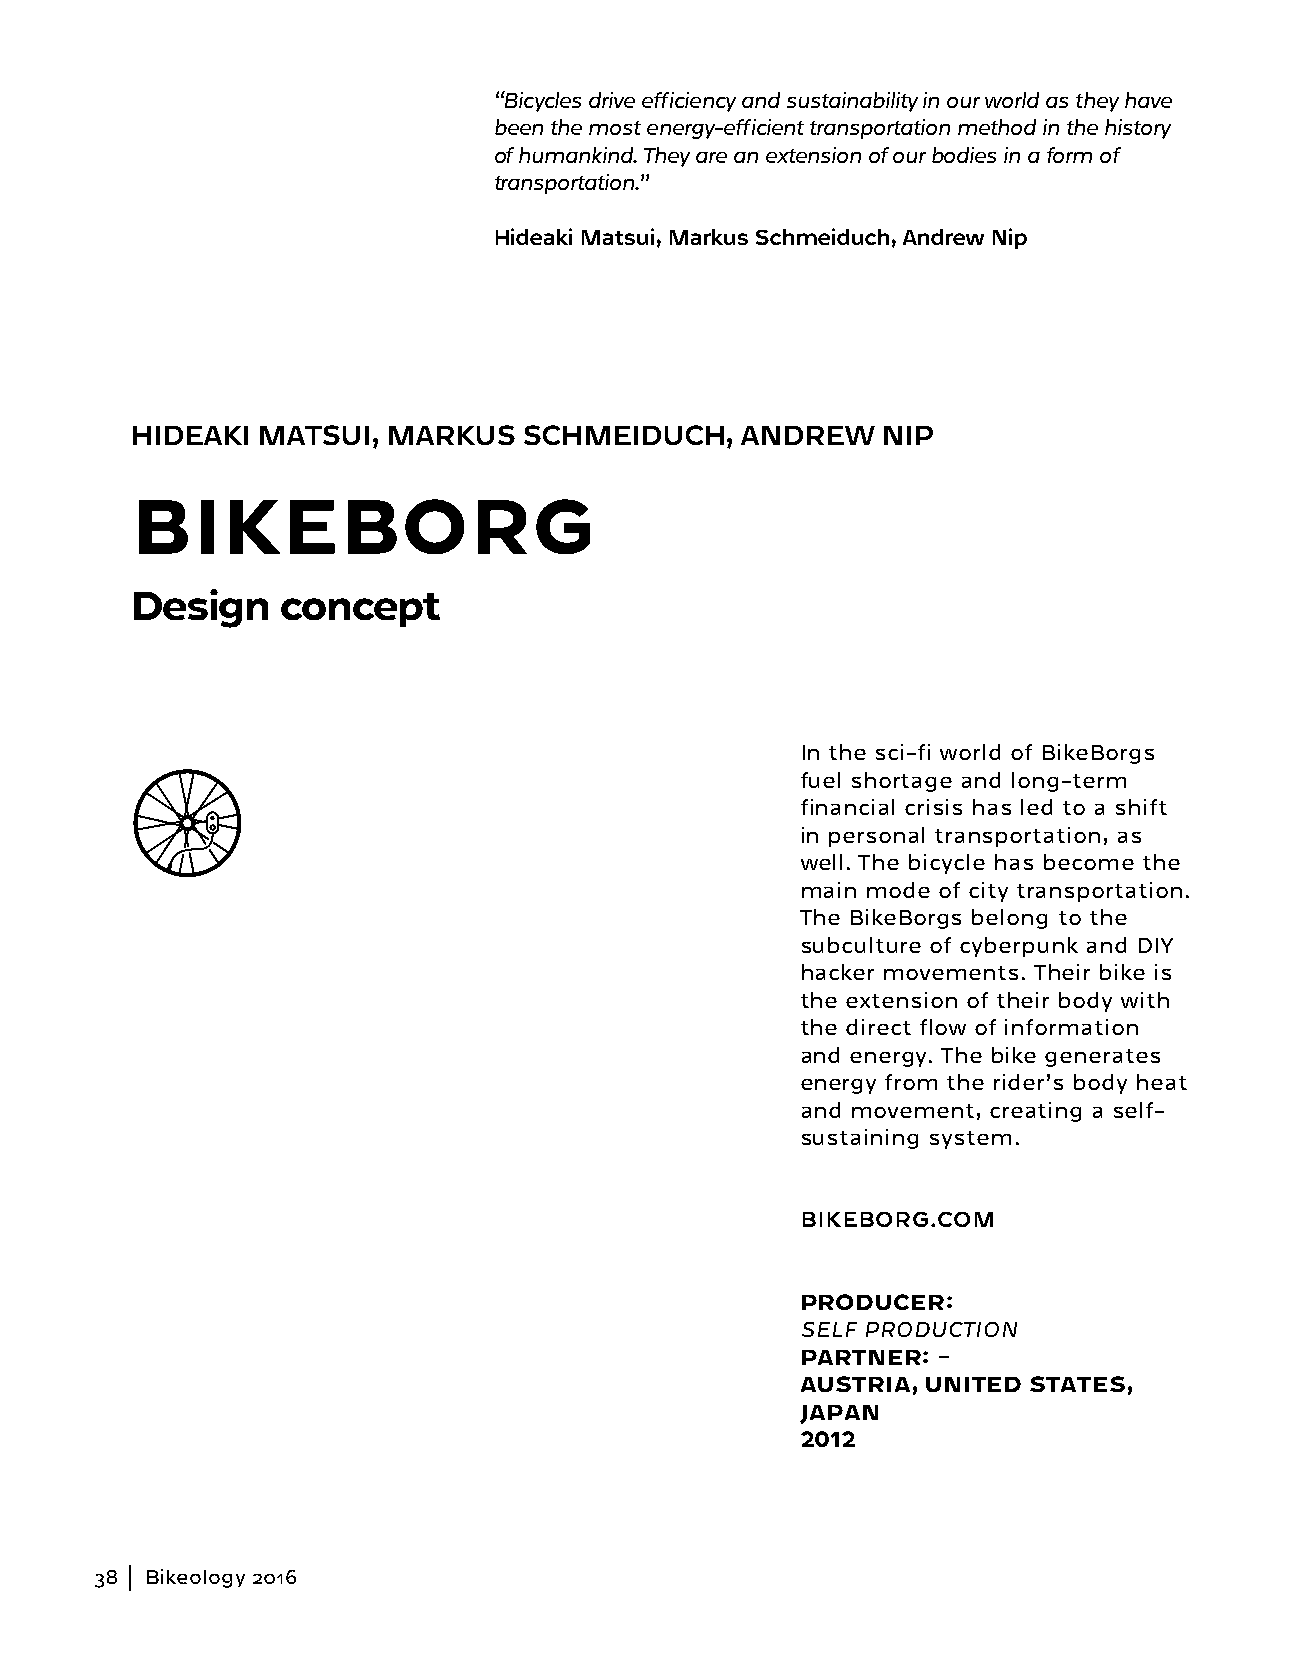
“Bicycles drive efficiency and sustainability in our world as they have
 been the most energy-efficient transportation method in the history
 of humankind. They are an extension of our bodies in a form of
 transportation.”
 Hideaki Matsui, Markus Schmeiduch, Andrew Nip
 HIDEAKI MATSUI,  MARKUS   SCHMEIDUCH,   ANDREW   NIP
 BIKEBORG
 Design   concept
 In the sci-fi world of BikeBorgs
 fuel shortage and long-term
 financial crisis has led to a shift
 in personal transportation, as
 well. The bicycle has become the
 main mode of city transportation.
 The BikeBorgs belong to the
 subculture of cyberpunk and DIY
 hacker movements. Their bike is
 the extension of their body with
 the direct flow of information
 and energy. The bike generates
 energy from the rider’s body heat
 and movement, creating a self-
 sustaining system.
 BIKEBORG.COM
 PRODUCER:
 SELF PRODUCTION
 PARTNER: –
 AUSTRIA, UNITED STATES,
 JAPAN
 2012
 38  Bikeology 2016